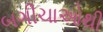
બગીચાઓથી